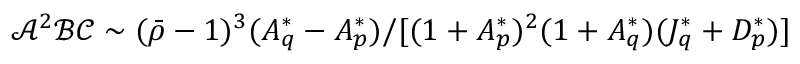
\mathcal { A } ^ { 2 } \mathcal { B } \mathcal { C } \sim ( \bar { \rho } - 1 ) ^ { 3 } ( A _ { q } ^ { * } - A _ { p } ^ { * } ) / [ ( 1 + A _ { p } ^ { * } ) ^ { 2 } ( 1 + A _ { q } ^ { * } ) ( J _ { q } ^ { * } + D _ { p } ^ { * } ) ]